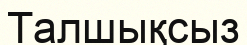
Талшықсыз